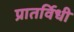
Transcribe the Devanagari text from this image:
प्रातर्विधी